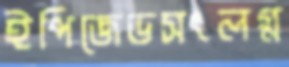
ইপিজেডসংলগ্ন